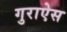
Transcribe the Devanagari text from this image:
गुराऐस